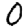
Digit: 0